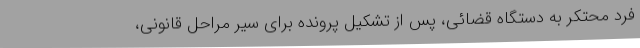
فرد محتکر به دستگاه قضائی، پس از تشکیل پرونده برای سیر مراحل قانونی،